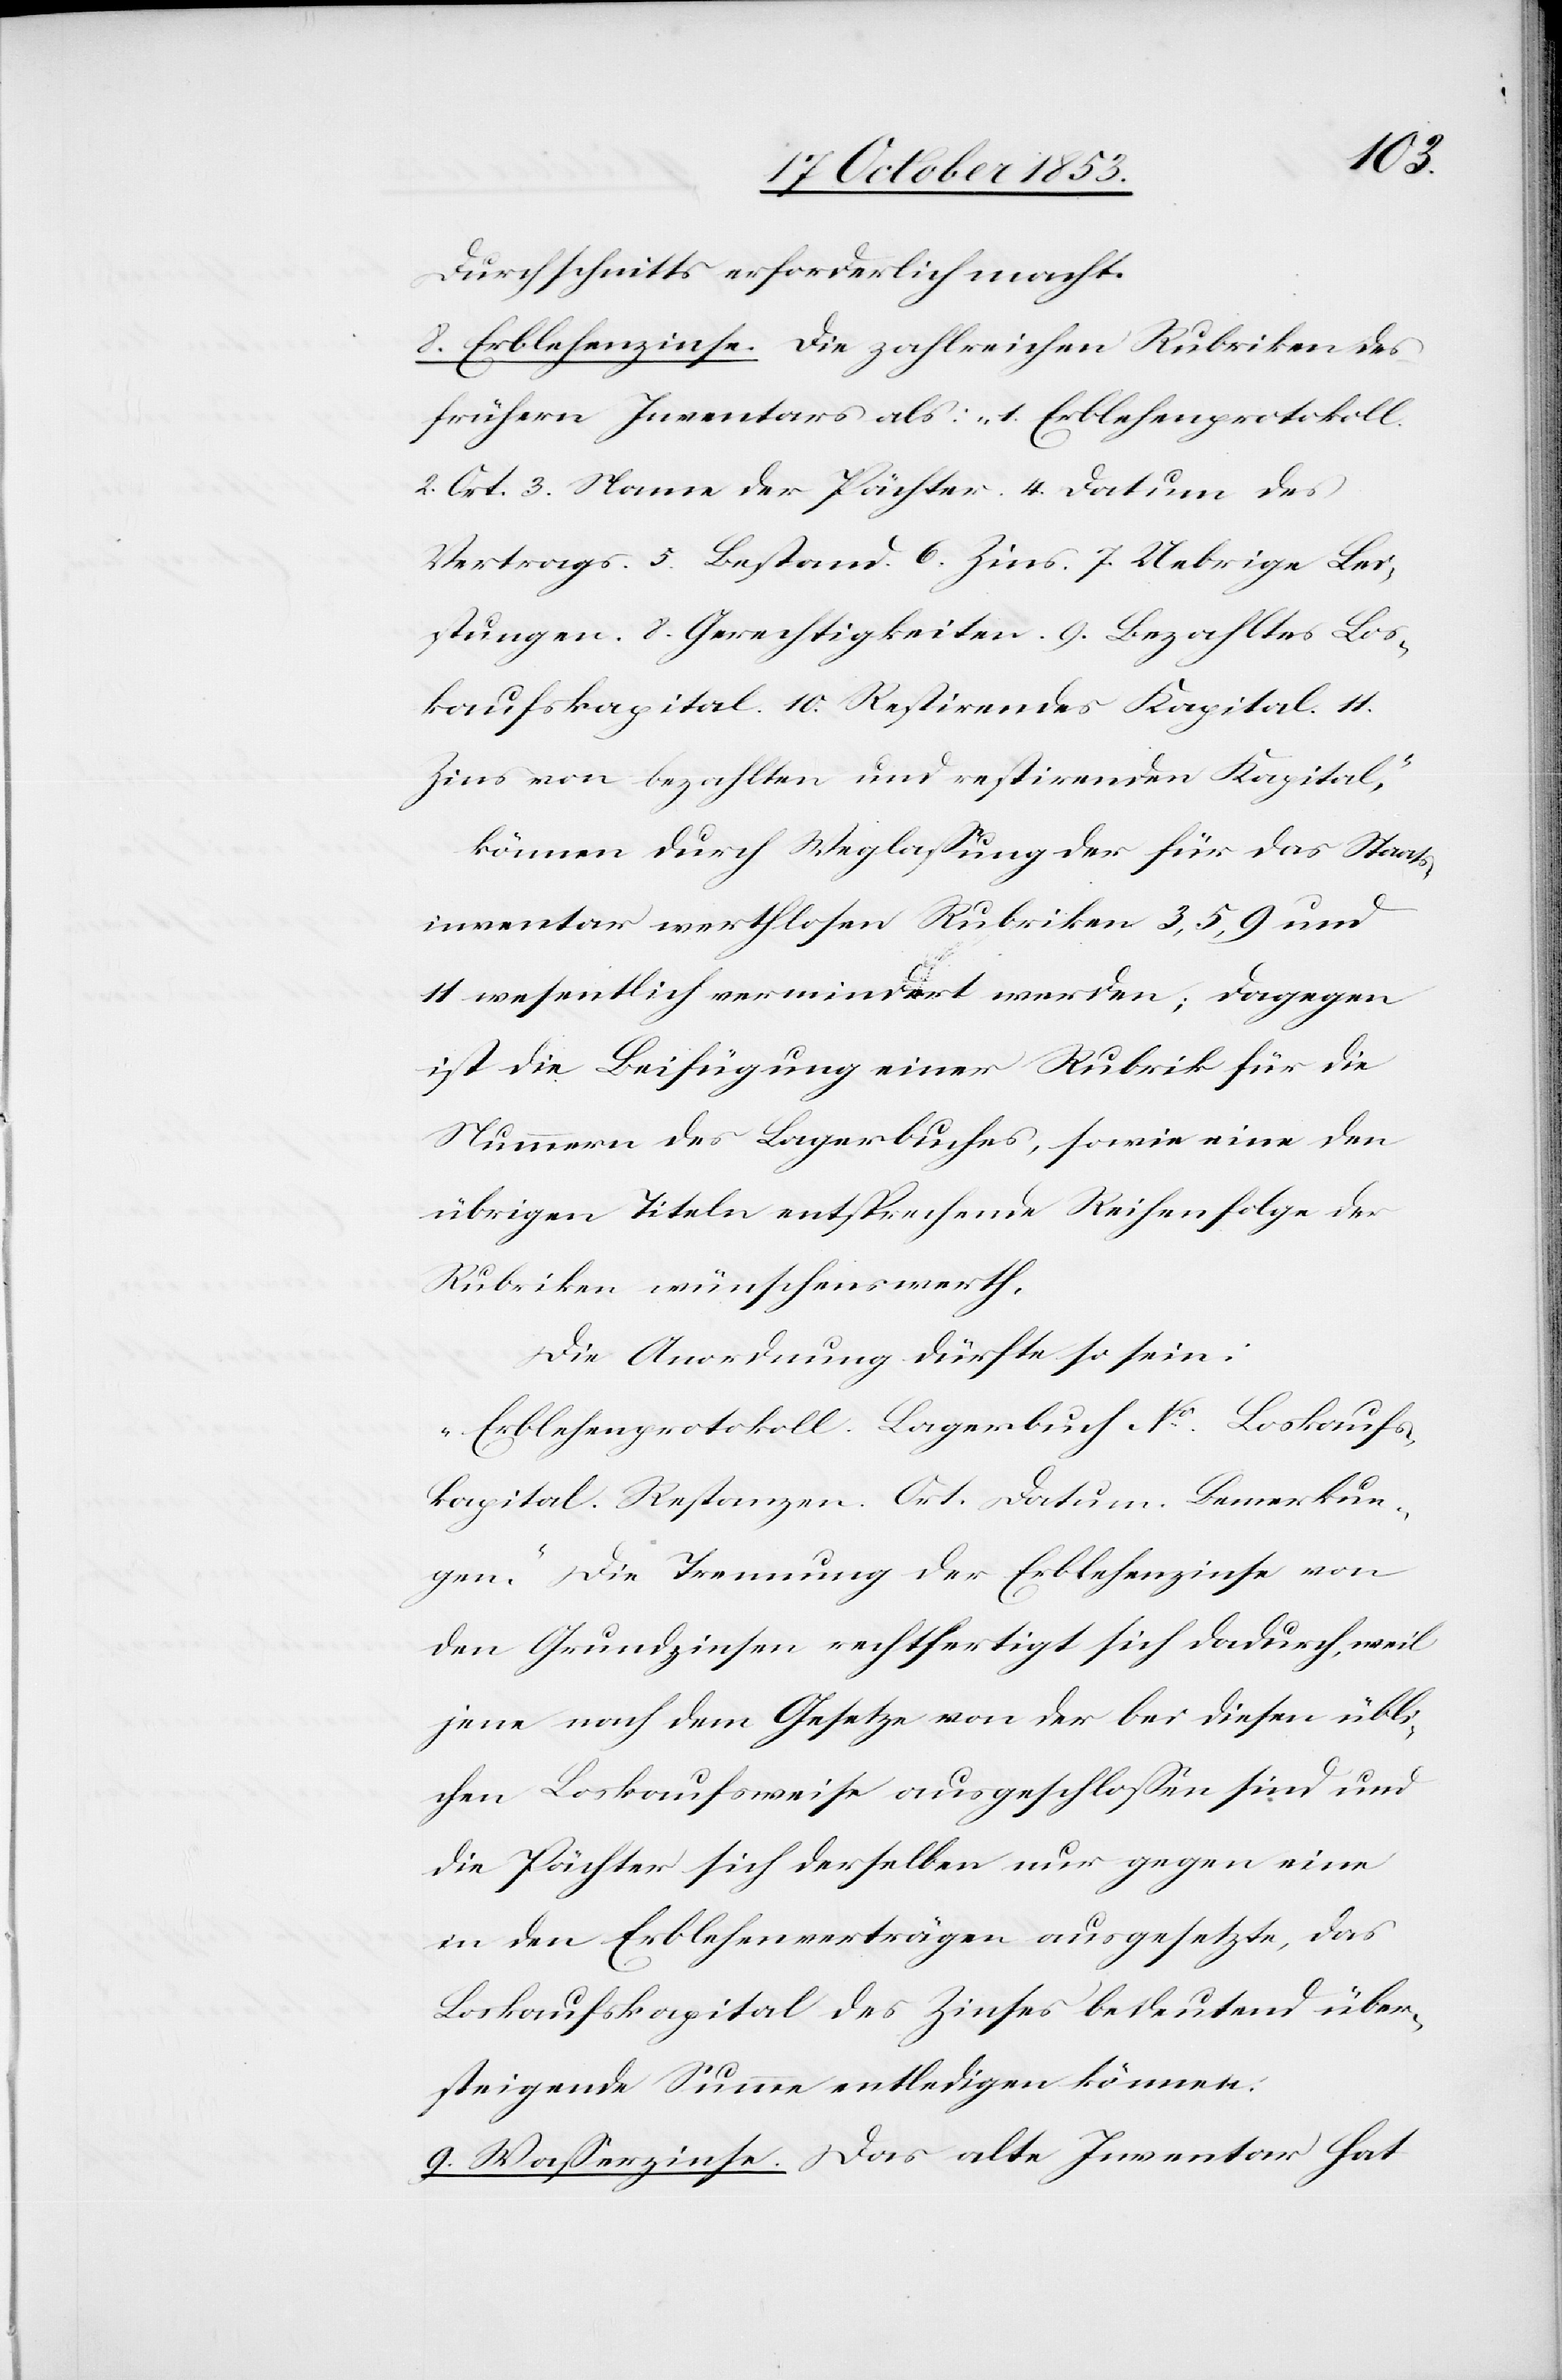
Durchschnitts erforderlich macht.
8. Erblehenzinse. Die zahlreichen Rubriken des
frühern Inventars als: „1. Erblehenprotokoll.
2. Ort. 3. Name der Pächter. 4. Datum des
Vertrags. 5. Bestand. 6. Zins. 7. Uebrige Lei¬
stungen. 8. Gerechtigkeiten. 9. Bezahltes Los¬
kaufskapital. 10. Restirendes Kapital. 11.
Zins von bezahlten und restirenden Kapital“,
können durch Weglaßung der für das Staats¬
inventar werthlosen Rubriken 3, 5, 9 und
11 wesentlich vermindert werden; dagegen
ist die Beifügung einer Rubrik für die
Nummern des Lagerbuches, sowie eine den
übrigen Titeln entsprechende Reihenfolge der
Rubriken wünschenswerth.
Die Anordnung dürfte so sein:
„Erblehenprotokoll. Lagerbuch N°, Loskaufs¬
kapital. Restanzen. Ort. Datum. Bemerkun¬
gen.“ Die Trennung der Erblehenzinse von
den Grundzinsen rechtfertigt sich dadurch, weil
jene nach dem Gesetze von der bei diesen übli¬
chen Loskaufsweise ausgeschloßen sind und
die Pächter sich desselben nur gegen eine
in den Erblehenverträgen ausgesetzte, das
Loskaufskapital des Zinses bedeutend über¬
steigende Summe entledigen können.
9. Waßerzinse. Das alte Inventar hat